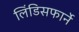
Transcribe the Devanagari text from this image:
लिंडिसफार्ने